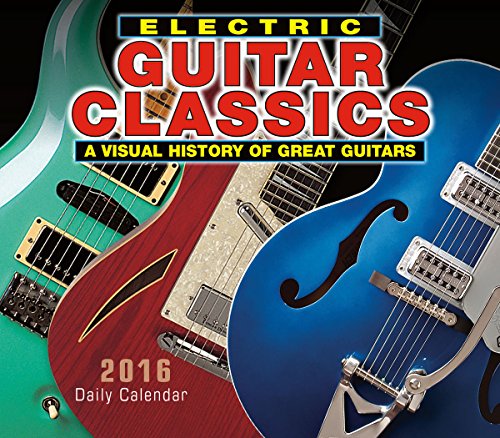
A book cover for Electric Guitar Classics 2016 Boxed/Daily Calendar; Jawbone Press; Calendars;